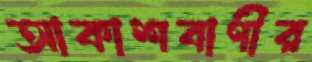
আকাশবাণীর